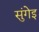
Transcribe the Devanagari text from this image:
सुंगेइ